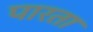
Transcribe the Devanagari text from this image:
पारता